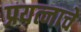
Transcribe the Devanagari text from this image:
प्रयत्नाचे